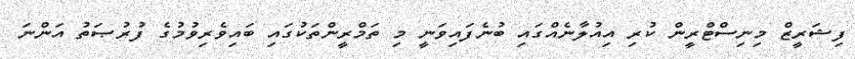
ފިޝަރީޒް މިނިސްޓްރީން ކުރި އިއުލާނެއްގައި ބުނެފައިވަނީ މި ތަމްރީންތަކުގައި ބައިވެރިވުމުގެ ފުރުޞަތު އަންނަ